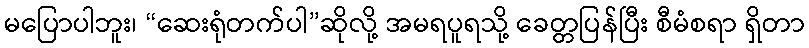
မပြောပါဘူး၊ “ဆေးရုံတက်ပါ”ဆိုလို့ အမရပူရသို့ ခေတ္တပြန်ပြီး စီမံစရာ ရှိတာ